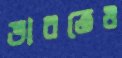
ভাবতেও